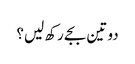
دو تین بجے رکھ لیں؟